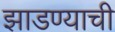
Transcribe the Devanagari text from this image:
झाडण्याची